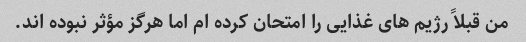
من قبلاً رژیم های غذایی را امتحان کرده ام اما هرگز مؤثر نبوده اند.